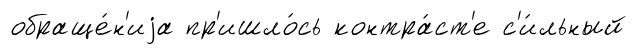
обраще́н'иjа пр'ишло́сь контра́ст'е с'и́льный